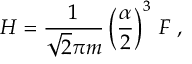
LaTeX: H = \frac { 1 } { \sqrt { 2 } \pi m } \left( \frac { \alpha } { 2 } \right) ^ { 3 } \, F \ ,